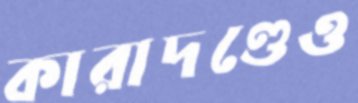
কারাদণ্ডেও